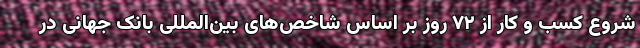
شروع کسب و کار از ۷۲ روز بر اساس شاخص‌های بین‌المللی بانک جهانی در